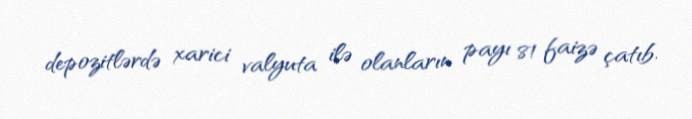
depozitlərdə xarici valyuta ilə olanların payı 81 faizə çatıb.